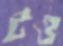
টও